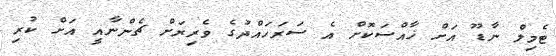
ޓެމިލް ނާޑޫ އަށް ޚާއްސަކޮށް އެ ސަރަހައްދުގެ ވެރިރަށް ޗެންނާއީ އަށް ކުރި